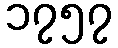
၁၇၅၇